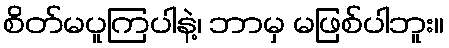
စိတ်မပူကြပါနဲ့၊ ဘာမှ မဖြစ်ပါဘူး။